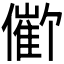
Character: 𪝱